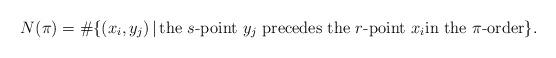
LaTeX: \begin{align*}N(\pi)=\#\{(x_i,y_j)\,|\, \hbox{the $s$-point $y_j$ precedes the $r$-point $x_i$in the $\pi$-order}\}.\end{align*}